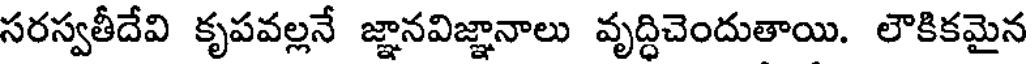
సరస్వతీదేవి కృపవల్లనే జ్ఞానవిజ్ఞానాలు వృద్ధిచెందుతాయి. లౌకికమైన